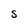
Character: S